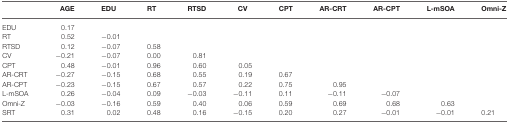
|  | AGE | EDU | RT | RTSD | CV | CPT | AR-CRT | AR-CPT | L-mSOA | Omni-Z |
 | --- | --- | --- | --- | --- | --- | --- | --- | --- | --- | --- |
 | EDU | 0.17 |
 | RT | 0.52 | −0.01 |
 | RTSD | 0.12 | −0.07 | 0.58 |
 | CV | −0.21 | −0.07 | 0.00 | 0.81 |
 | CPT | 0.48 | −0.01 | 0.96 | 0.60 | 0.05 |
 | AR-CRT | −0.27 | −0.15 | 0.68 | 0.55 | 0.19 | 0.67 |
 | AR-CPT | −0.23 | −0.15 | 0.67 | 0.57 | 0.22 | 0.75 | 0.95 |
 | L-mSOA | 0.26 | −0.04 | 0.09 | −0.03 | −0.11 | 0.11 | −0.11 | −0.07 |
 | Omni-Z | −0.03 | −0.16 | 0.59 | 0.40 | 0.06 | 0.59 | 0.69 | 0.68 | 0.63 |
 | SRT | 0.31 | 0.02 | 0.48 | 0.16 | −0.15 | 0.20 | 0.27 | −0.01 | −0.01 | 0.21 |